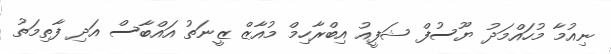
ނިއުމާ މުހައްމަދު ޔޫސުފް ޝަފީއު އިބްރާހިމް މުއާޒް ޒީނަތު އައްބާސް އަދި ފާތިމަތު